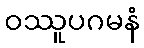
ဝဿူပဂမနံ